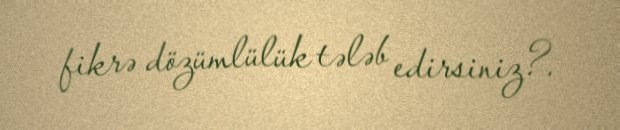
fikrə dözümlülük tələb edirsiniz?.